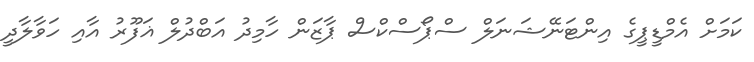
ކަމަށް އެމްޑީޕީގެ އިންޓަނޭޝަނަލް ސްޕޯސްކްސް ޕާޒަން ހާމިދު އަބްދުލް ޣަފޫރު އާއި ހަވާލާދީ